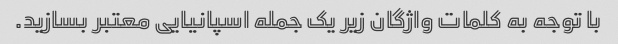
با توجه به کلمات واژگان زیر یک جمله اسپانیایی معتبر بسازید.